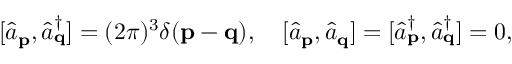
[ { \hat { a } } _ { \mathbf { p } } , { \hat { a } } _ { \mathbf { q } } ^ { \dagger } ] = ( 2 \pi ) ^ { 3 } \delta ( \mathbf { p } - \mathbf { q } ) , \quad [ { \hat { a } } _ { \mathbf { p } } , { \hat { a } } _ { \mathbf { q } } ] = [ { \hat { a } } _ { \mathbf { p } } ^ { \dagger } , { \hat { a } } _ { \mathbf { q } } ^ { \dagger } ] = 0 ,